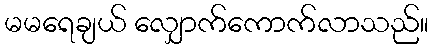
မမရေချယ် လျှောက်ကောက်လာသည်။